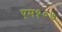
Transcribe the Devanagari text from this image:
एम१०७